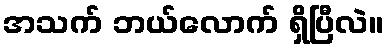
အသက် ဘယ်လောက် ရှိပြီလဲ။